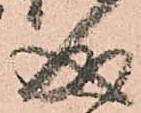
成